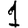
Digit: 1